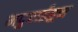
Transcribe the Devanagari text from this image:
मदुराईहून